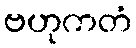
ဗဟုကတံ